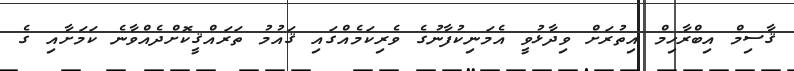
ޤާސިމް އިބްރާހިމް އިތުރަށް ވިދާޅުވީ އެމަނިކުފާނުގެ ވެރިކަމެއްގައި ޤައުމު ތަރައްޤީކޮށްދެއްވާނެ ކަމަށާއި ގެ